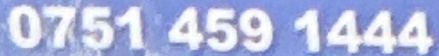
0751 459 1444